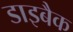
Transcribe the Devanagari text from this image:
डाइबैक